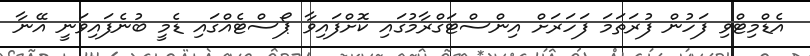
އެޑްމިޓްވި ފަހުން ފުރަތަމަ ފަހަރަށް އިންސްޓަގްރާމުގައި ކޮށްފައިވާ ޕޯސްޓެއްގައި ޑެމީ ބުނެފައިވަނީ އޭނާ